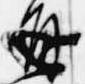
通